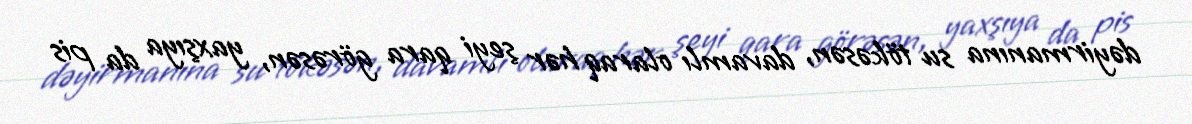
dəyirmanına su tökəsən, davamlı olaraq hər şeyi qara görəsən, yaxşıya da pis